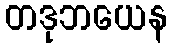
တဒုဘယေန